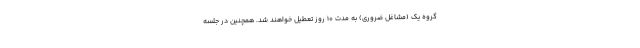
گروه یک (مشاغل ضروری) به مدت 10 روز تعطیل خواهند شد. همچنین در جلسه